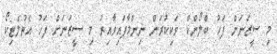
މި ސީޒަނަށް ފަހު ބްލޯންކް ވަކިކުރަން ނިންމާފައިވާއިރު މި ސީޒަނަށް ފަހު އެތުލެޓިކޯ